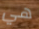
هي